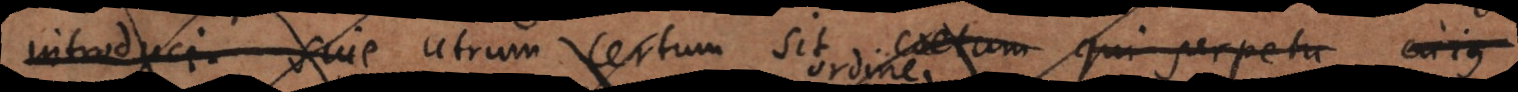
introduci, sive Utrum certum sit coetum qui perpetu cujus